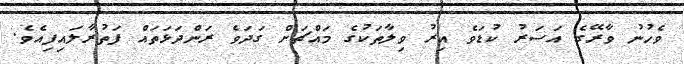
ވެހުނު ވާރޭގެ އަސަރު ކުޑަވެ އިރު ވިލާތަކުގެ މައްޗަށް ގަދަވެ ރަންދަޅަތައް ފަތުރާލައިފިއެވެ.